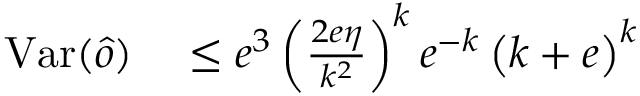
\begin{array} { r l } { \mathrm { V a r } ( \hat { o } ) } & { { } \leq e ^ { 3 } \left( \frac { 2 e \eta } { k ^ { 2 } } \right) ^ { k } e ^ { - k } \left( k + e \right) ^ { k } } \end{array}